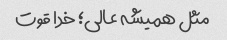
مثل همیشه عالی؛ خدا قوت